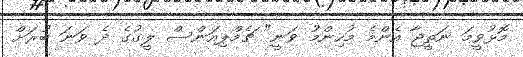
މޮޅުވީމަ ނަތީޖާ އެންމެ މުހިންމު ވަނީ" ޗެމްޕިއަންސް ލީގުގެ ދެ ވަނަ ބުރަށް